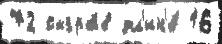
72 сыгра́в дл'ин'е́ 16